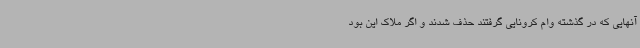
آنهایی که در گذشته وام کرونایی گرفتند حذف شدند و اگر ملاک این بود